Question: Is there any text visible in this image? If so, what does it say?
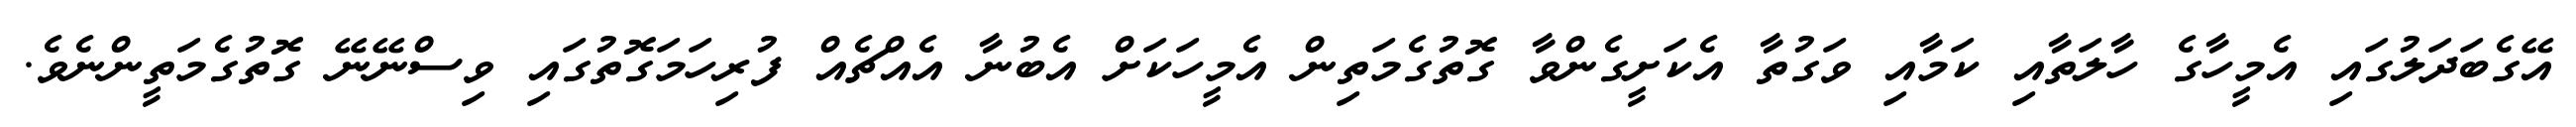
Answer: އޭގެބަދަލުގައި އެމީހާގެ ހާލަތާއި ކަމާއި ވަގުތާ އެކަށީގެންވާ ގޮތުގެމަތިން އެމީހަކަށް އެބުނާ އެއްޗެއް ފުރިހަމަގޮތުގައި ވިސްނޭނޭ ގޮތުގެމަތީންނެވެ.